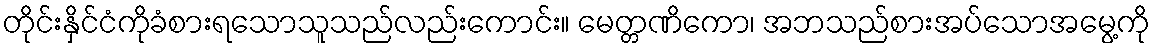
တိုင်းနှိင်ငံကိုခံစားရသောသူသည်လည်းကောင်း။ မေတ္တဏိကော၊ အဘသည်စားအပ်သောအမွေ့ကို